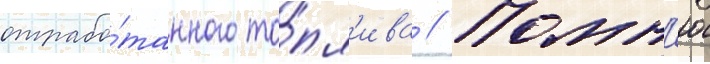
отрабо́танного то́пл'ива // Помн'ю